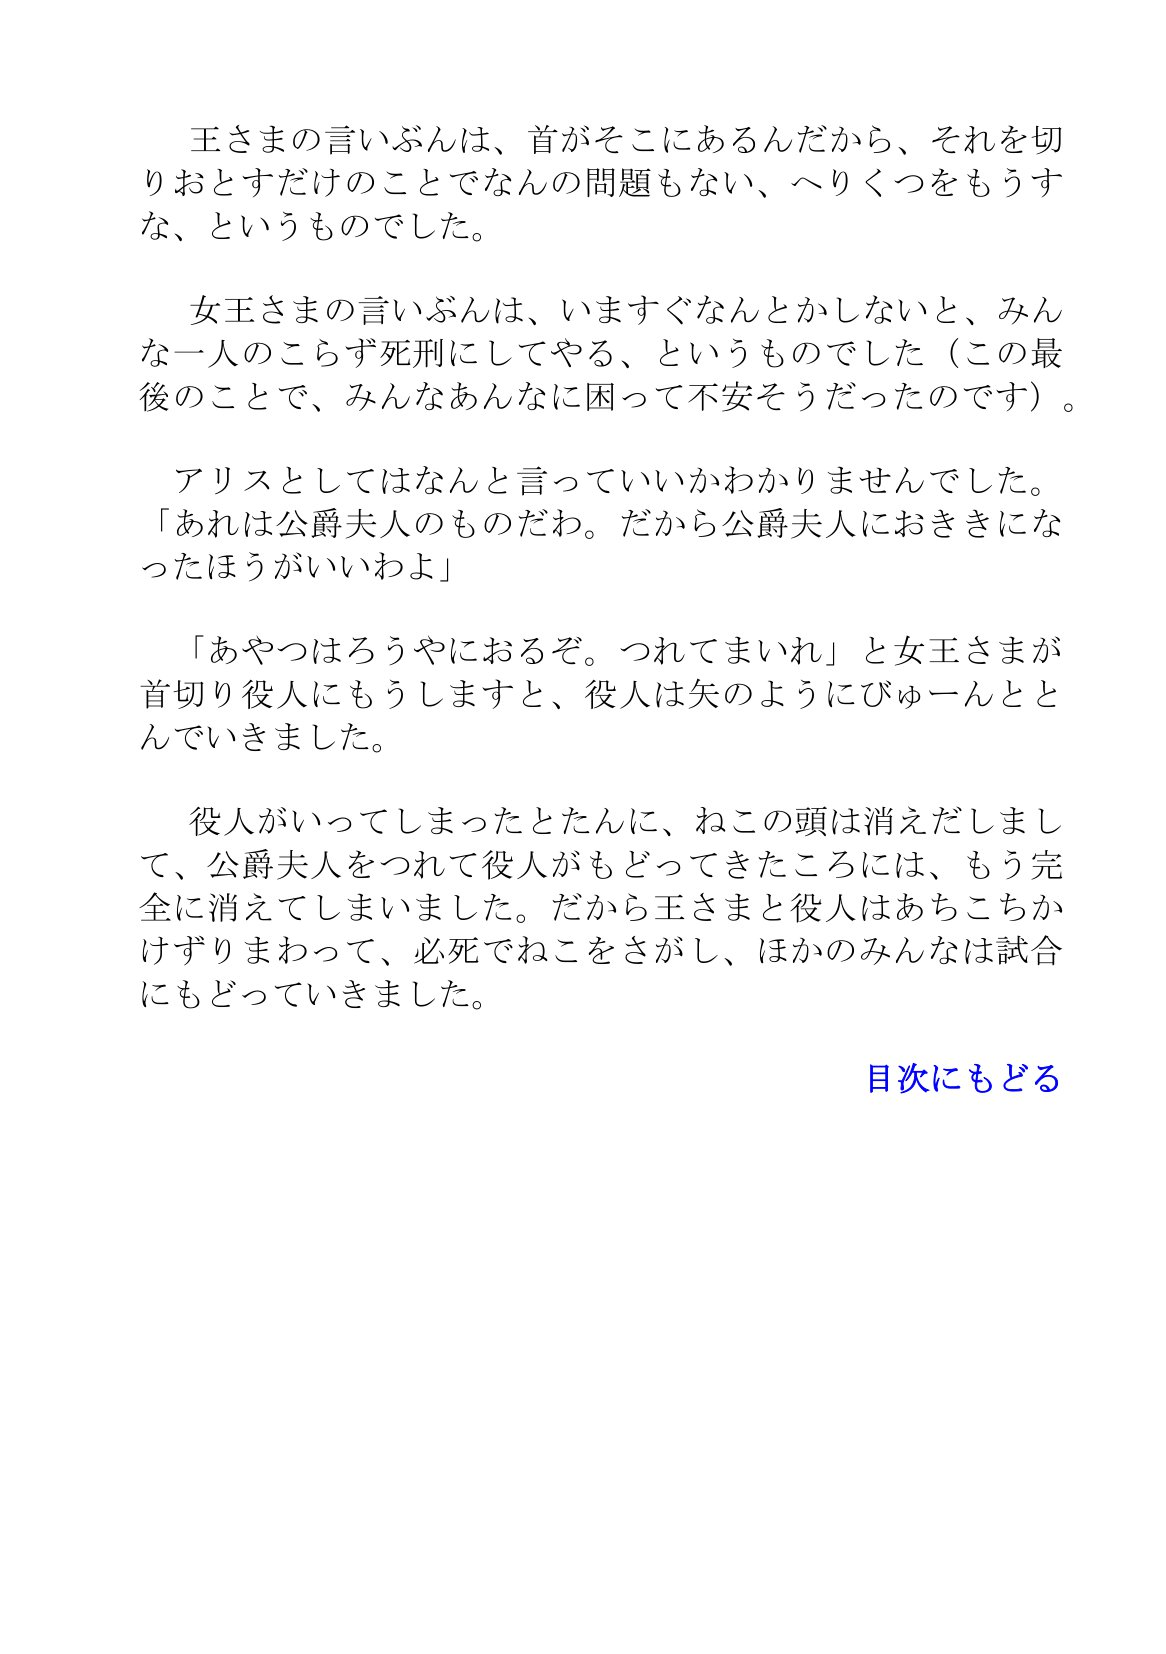
Language: ja